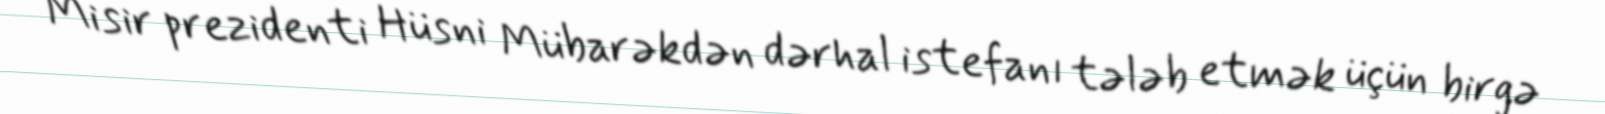
Misir prezidenti Hüsni Mübarəkdən dərhal istefanı tələb etmək üçün birgə